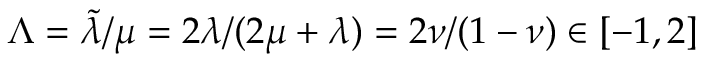
\Lambda = \tilde { \lambda } / \mu = 2 \lambda / ( 2 \mu + \lambda ) = 2 \nu / ( 1 - \nu ) \in [ - 1 , 2 ]